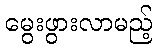
မွေးဖွားလာမည့်